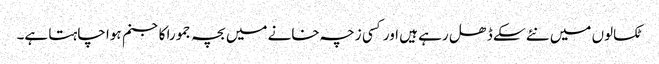
ٹکسالوں میں نئے سکے ڈھل رہے ہیں اور کسی زچہ خانے میں بچہ جمورا کاجنم ہوا چاہتا ہے۔